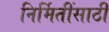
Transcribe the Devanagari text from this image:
निर्मितींसाठी